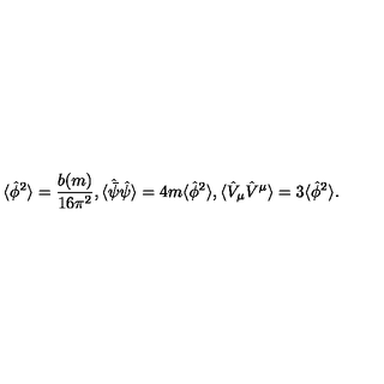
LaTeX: \langle \hat { \phi } ^ { 2 } \rangle = { \frac { b ( m ) } { 1 6 \pi ^ { 2 } } } , \langle \hat { \bar { \psi } } \hat { \psi } \rangle = 4 m \langle \hat { \phi } ^ { 2 } \rangle , \langle \hat { V } _ { \mu } \hat { V } ^ { \mu } \rangle = 3 \langle \hat { \phi } ^ { 2 } \rangle .